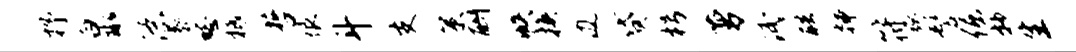
抒泉潦慕愁柢哲恨斗支策酬帙换边贷枵萝泯酷插符弧髻倔抄生